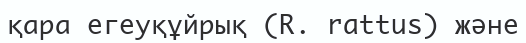
қара егеуқұйрық (R. rattus) және